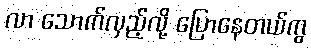
လာ သောက်လှည့်လို့ ပြောနေတယ်ကွ